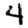
Digit: 4